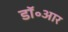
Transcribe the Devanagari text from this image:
डॉ॰आर